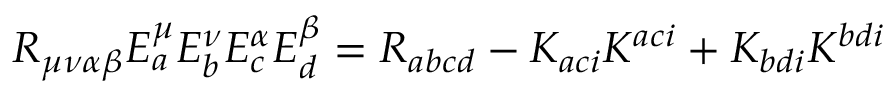
R _ { \mu \nu \alpha \beta } E _ { a } ^ { \mu } E _ { b } ^ { \nu } E _ { c } ^ { \alpha } E _ { d } ^ { \beta } = R _ { a b c d } - K _ { a c i } K ^ { a c i } + K _ { b d i } K ^ { b d i }